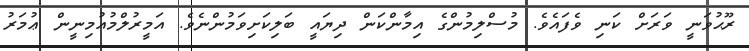
ރޫޙުވަނީ ވަރަށް ކަނި ވެފައެވެ. މުސްލިމުންގެ އިމާންކަން ދިޔައީ ބަލިކަށިވަމުންނެވެ. އަމީރުލްމުއުމިނީން ޢުމަރު